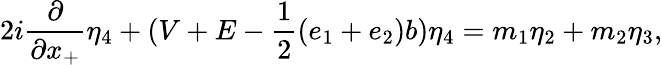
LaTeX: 2i\frac{\partial}{\partial x_{+}}{\eta}_{4}+(V+E-\frac{1}{2}(e_{1}+e_{2})b){\eta}_{4}=m_{1}{\eta}_{2}+m_{2}{\eta}_{3},